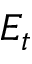
E _ { t }